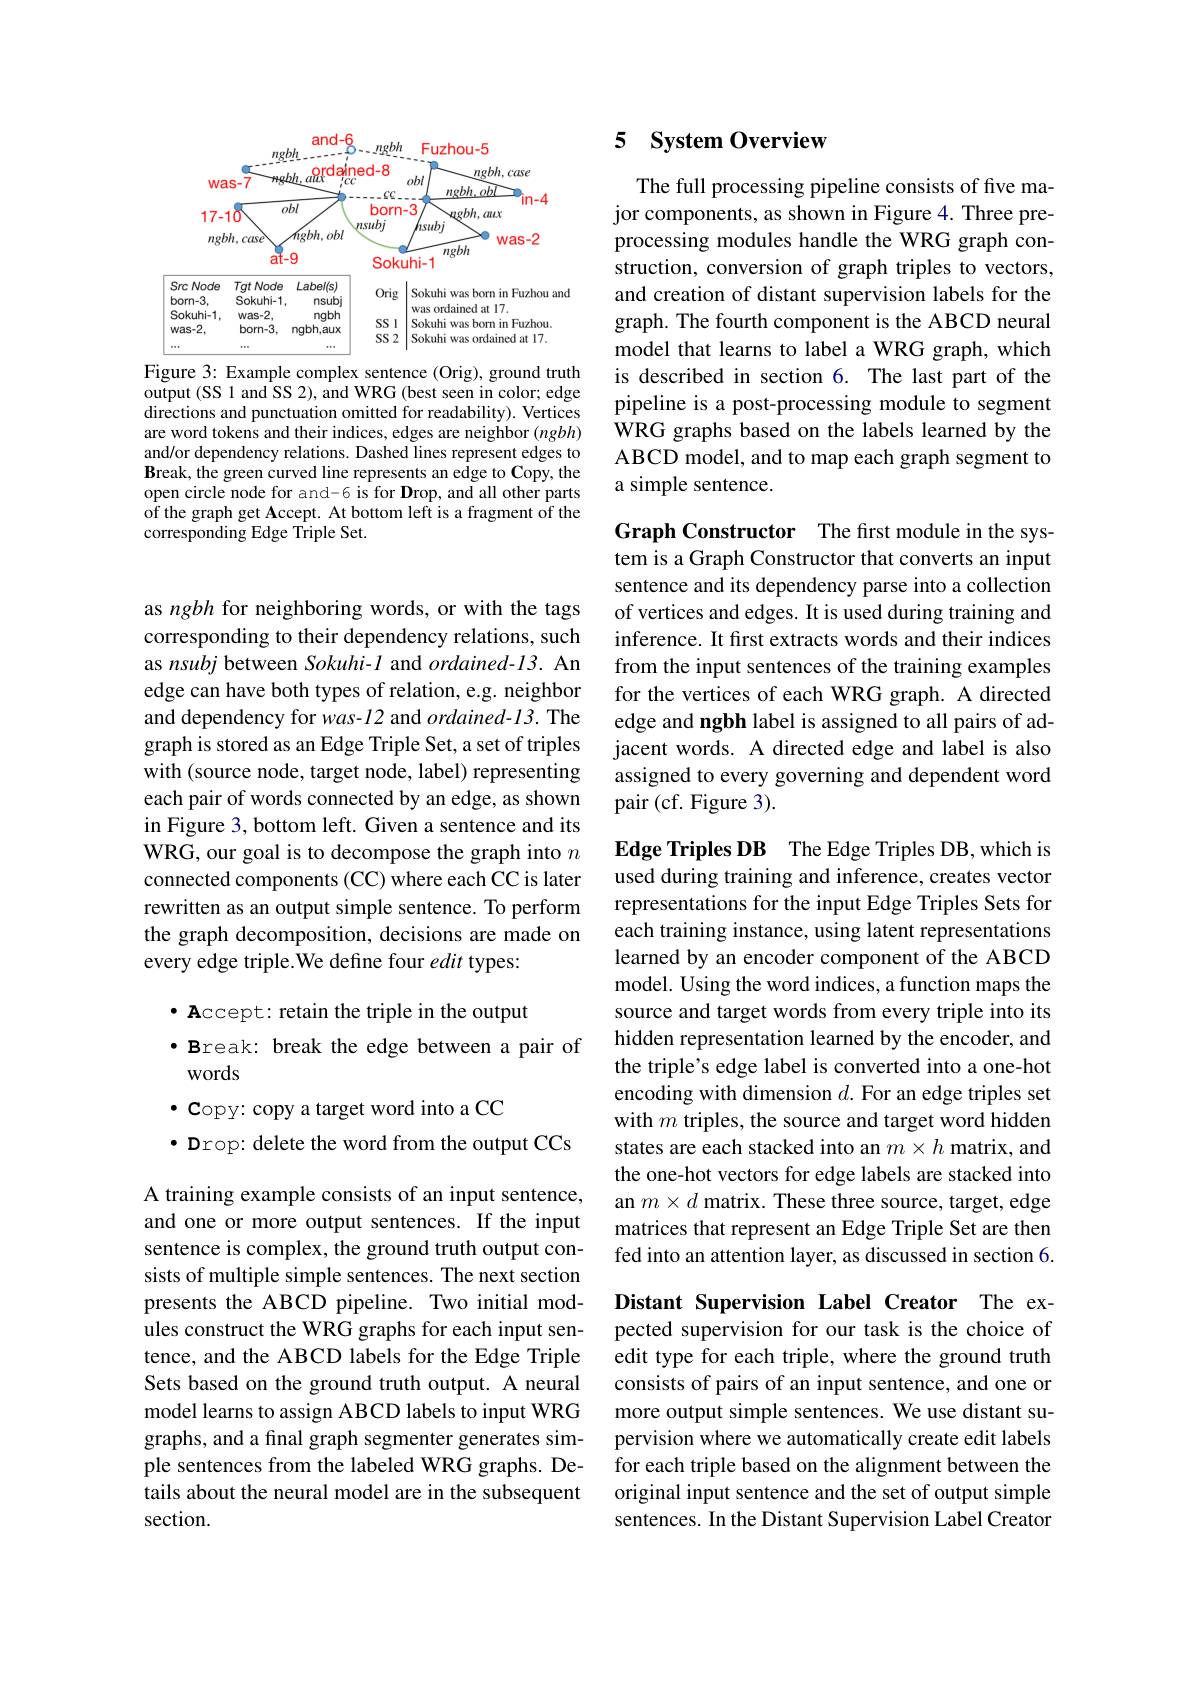
<FigureHere>
Figure 3: Example complex sentence (Orig), ground truth

output (SS 1 and SS 2), and WRG (best seen in color; edge directions and punctuation omitted for readability). Vertices are word tokens and their indices, edges are neighbor $(ngbh)$ and/or dependency relations. Dashed lines represent edges to Break, the green curved line represents an edge to Copy, the open circle node for and-6 is for Drop, and all other parts of the graph get Accept. At bottom left is a fragment of the corresponding Edge Triple Set.

as ngbh for neighboring words, or with the tags corresponding to their dependency relations, such as nsubj between Sokuhi- l and $ordained-13.$ An edge can have both types of relation, e.g. neighbor and dependency for was- l2 and $ordained-13.$ The graph is stored as an Edge Triple Set, a set of triples with (source node, target node, label) representing each pair of words connected by an edge, as shown in Figure 3, bottom left. Given a sentence and its WRG, our goal is to decompose the graph into $n$ connected components (CC) where each CC is later rewritten as an output simple sentence. To perform the graph decomposition, decisions are made on every edge triple.We define four edit types:

## $\bullet$ Accept: retain the triple in the output $\bullet$ Break: break the edge between a pair of words $\cdot\mathbf{c}$opy: copy a target word into a CC $\bullet$ Drop: delete the word from the output CCs

A training example consists of an input sentence, and one or more output sentences. If the input sentence is complex, the ground truth output consists of multiple simple sentences. The next section presents the ABCD pipeline. Two initial modules construct the WRG graphs for each input sentence, and the ABCD labels for the Edge Triple Sets based on the ground truth output. A neural model learns to assign ABCD labels to input WRG graphs, and a final graph segmenter generates simple sentences from the labeled WRG graphs. Details about the neural model are in the subsequent section.

# 5 System Overview

The full processing pipeline consists of five major components, as shown in Figure 4. Three preprocessing modules handle the WRG graph construction, conversion of graph triples to vectors, and creation of distant supervision labels for the graph. The fourth component is the ABCD neural model that learns to label a WRG graph, which is described in section 6. The last part of the pipeline is a post-processing module to segment WRG graphs based on the labels learned by the ABCD model, and to map each graph segment to a simple sentence.

Graph Constructor The first module in the system is a Graph Constructor that converts an input sentence and its dependency parse into a collection of vertices and edges. It is used during training and inference. It first extracts words and their indices from the input sentences of the training examples for the vertices of each WRG graph. A directed edge and ngbh label is assigned to all pairs of adjacent words. A directed edge and label is also assigned to every governing and dependent word pair (cf. Figure 3).

Edge Triples DB The Edge Triples DB, which is used during training and inference, creates vector representations for the input Edge Triples Sets for each training instance, using latent representations learned by an encoder component of the ABCD model. Using the word indices, a function maps the source and target words from every triple into its hidden representation learned by the encoder, and the triple's edge label is converted into a one-hot encoding with dimension $d.$ For an edge triples set with $m$ triples, the source and target word hidden states are each stacked into an $m\times h$ matrix, and the one-hot vectors for edge labels are stacked into an $m\times d$ matrix. These three source, target, edge matrices that represent an Edge Triple Set are then fed into an attention layer, as discussed in section 6.

Distant Supervision Label Creator The expected supervision for our task is the choice of edit type for each triple, where the ground truth consists of pairs of an input sentence, and one or more output simple sentences. We use distant supervision where we automatically create edit labels for each triple based on the alignment between the original input sentence and the set of output simple sentences. In the Distant Supervision Label Creator